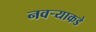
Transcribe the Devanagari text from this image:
नवर्‍याकडे